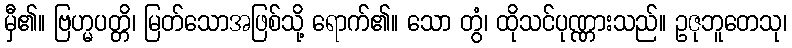
မှီ၏။ ဗြဟ္မပတ္တိ၊ မြတ်သောအဖြစ်သို့ ရောက်၏။ သော တွံ၊ ထိုသင်ပုဏ္ဏားသည်။ ဥဇုဘူတေသု၊